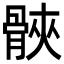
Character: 𮪪